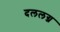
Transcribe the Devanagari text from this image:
दललग्न